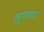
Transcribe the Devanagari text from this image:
लुफापा